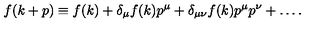
f ( k + p ) \equiv f ( k ) + \delta _ { \mu } f ( k ) p ^ { \mu } + \delta _ { \mu \nu } f ( k ) p ^ { \mu } p ^ { \nu } + \ldots .